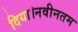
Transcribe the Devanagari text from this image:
दिया।नवीनतम